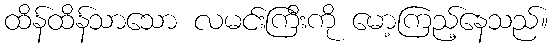
ထိန်ထိန်သာသော လမင်းကြီးကို မော့ကြည့်နေသည်။